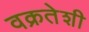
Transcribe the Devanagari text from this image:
वक्रतेशी